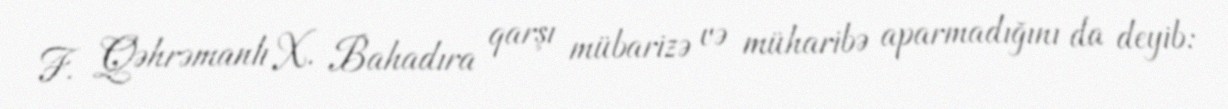
F. Qəhrəmanlı X. Bahadıra qarşı mübarizə və müharibə aparmadığını da deyib: